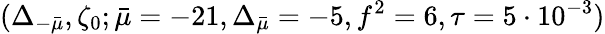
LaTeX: (\Delta_{-\bar{\mu}},\zeta_{0};\bar{\mu}=-21,\Delta_{\bar{\mu}}=-5,f^{2}=6,\tau=5\cdot 10^{-3})